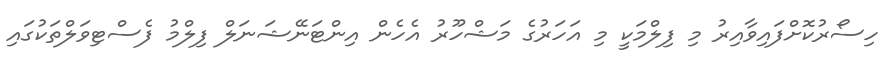
ހިސޯރުކޮށްފައިވާއިރު މި ފިލްމަކީ މި އަހަރުގެ މަޝްހޫރު އެހެން އިންޓަނޭޝަނަލް ފިލްމު ފެސްޓިވަލްތަކުގައި